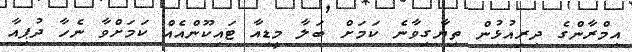
އިމްރާންގެ ދިރިއުޅުން ތިޔާގިވާނެ ކަމަށް ބަލާ މީޑިއާ ޓައިކޫންއެއް ކަމަށްވާ ނެހާ ދުޕިއާ